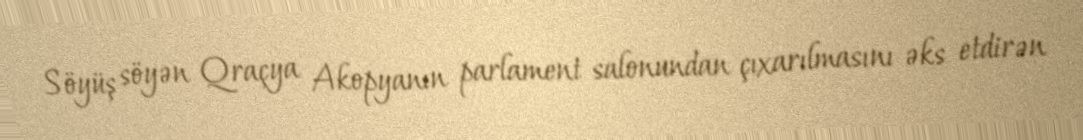
Söyüş söyən Qraçya Akopyanın parlament salonundan çıxarılmasını əks etdirən